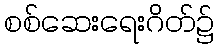
စစ်ဆေးရေးဂိတ်၌